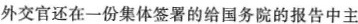
外交官还在一份集体签署的给国务院的报告中主